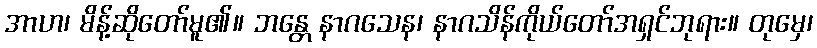
အာဟ၊ မိန့်ဆိုတော်မူ၏။ ဘန္တေ နာဂသေန၊ နာဂသိန်ကိုယ်တော်အရှင်ဘုရား။ တုမှေ၊